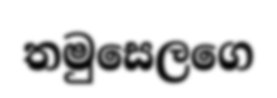
තමුසෙලගෙ